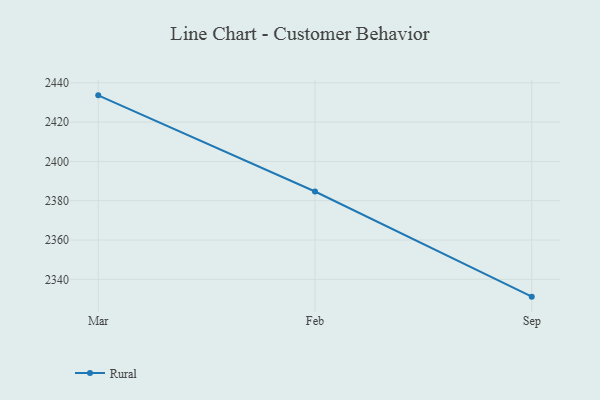
{"axis": {"x": "Month", "y": "Population (Million)"}, "legend": ["Rural"], "data": [{"x": "Mar", "y": 2433.6, "type": "Rural"}, {"x": "Feb", "y": 2384.7, "type": "Rural"}, {"x": "Sep", "y": 2331.2, "type": "Rural"}]}